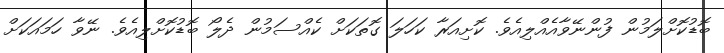
ބޮޑުކޮށްލަމުން ފުންނޭވާއެއްލިއެވެ. ކޮށިއަރާ ކަހަލަ ގޮތަކަށް ކެއްސަމުން ދެލޯ ބޮޑުކޮށްލިއެވެ. ނޭވާ ހަމައަކަށް